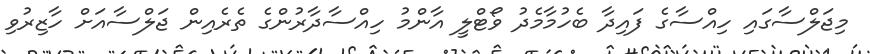
މިޖަލްސާގައި ހިއްސާގެ ފައިދާ ބެހުމާމެދު ވޯޓްލީ އާންމު ހިއްސާދާރުންގެ ތެރެއިން ޖަލްސާއަށް ހާޒިރުވި